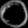
Digit: ၀